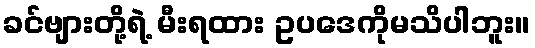
ခင်ဗျားတို့ရဲ့ မီးရထား ဥပဒေကိုမသိပါဘူး။